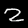
Digit: 2